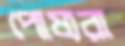
পোষ্যরা